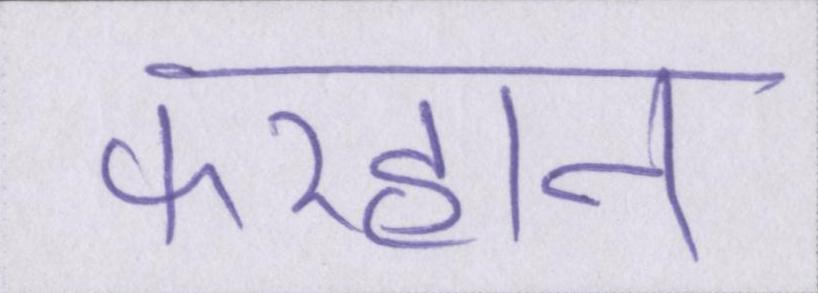
फरहान